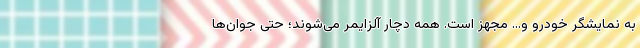
به نمایشگر خودرو و… مجهز است. همه دچار آلزایمر می‌شوند؛ حتی جوان‌ها